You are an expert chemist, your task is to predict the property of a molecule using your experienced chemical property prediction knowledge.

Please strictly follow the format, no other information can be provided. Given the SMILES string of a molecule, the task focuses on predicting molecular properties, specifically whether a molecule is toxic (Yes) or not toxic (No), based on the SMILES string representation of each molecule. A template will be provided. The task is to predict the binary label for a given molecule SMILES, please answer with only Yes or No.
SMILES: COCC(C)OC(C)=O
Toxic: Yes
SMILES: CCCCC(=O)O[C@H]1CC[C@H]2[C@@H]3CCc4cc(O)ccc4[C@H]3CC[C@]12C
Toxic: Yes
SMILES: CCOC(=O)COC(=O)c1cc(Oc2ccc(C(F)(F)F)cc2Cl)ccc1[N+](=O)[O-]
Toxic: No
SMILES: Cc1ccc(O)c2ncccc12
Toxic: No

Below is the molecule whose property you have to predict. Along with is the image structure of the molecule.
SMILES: CN(N=O)c1ccc([N+](=O)[O-])cc1
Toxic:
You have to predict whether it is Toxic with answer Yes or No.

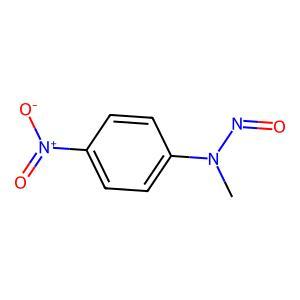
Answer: No